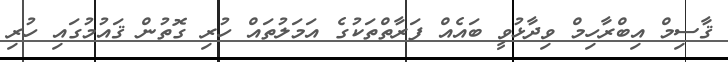
ޤާސިމް އިބްރާހިމް ވިދާޅުވީ ބައެއް ފަރާތްތަކުގެ އަމަލުތައް ހުރި ގޮތުން ޤައުމުގައި ހުރި